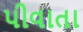
પીવાતા